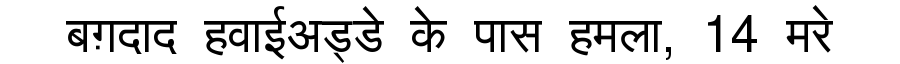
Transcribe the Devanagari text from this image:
बग़दाद हवाईअड्डे के पास हमला, 14 मरे